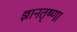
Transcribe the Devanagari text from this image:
ज्ञानतृष्णा